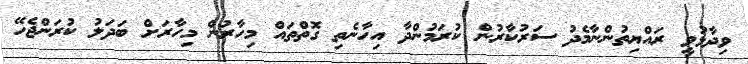
ވިދާޅުވީ ރައްޔިތުންނާމެދު ސަރުކާރުން ކުރަމުންދާ އިހާނެތި ގޮތްތައް މިހާރުން މިހާރަށް ބަދަލު ކުރަންޖެހޭ